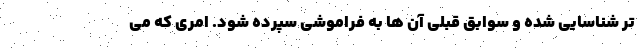
تر شناسایی شده و سوابق قبلی آن ها به فراموشی سپرده شود. امری که می